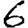
Digit: 6